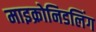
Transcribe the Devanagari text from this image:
माइक्रोनिडलिंग